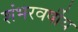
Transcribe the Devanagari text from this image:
शंभरवर्षीय